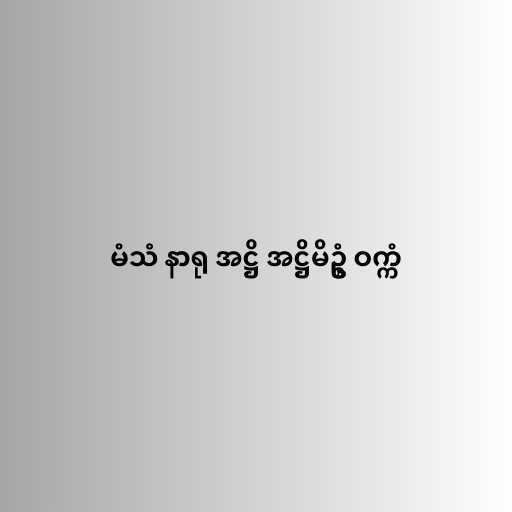
မံသံ နာရု အဋ္ဌိ အဋ္ဌိမိဥ္စံ ဝက္ကံ